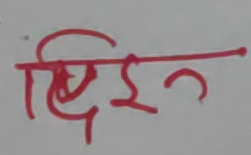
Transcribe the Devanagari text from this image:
ड्रईन